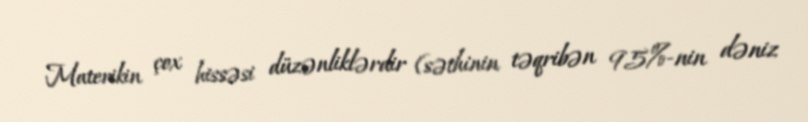
Materikin çox hissəsi düzənliklərdir (səthinin təqribən 95%-nin dəniz